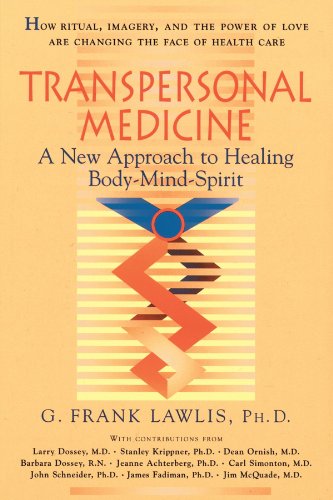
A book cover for Transpersonal Medicine: A New Approach to Healing Body-Mind-Spirit; G. Frank Lawlis; Health, Fitness & Dieting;